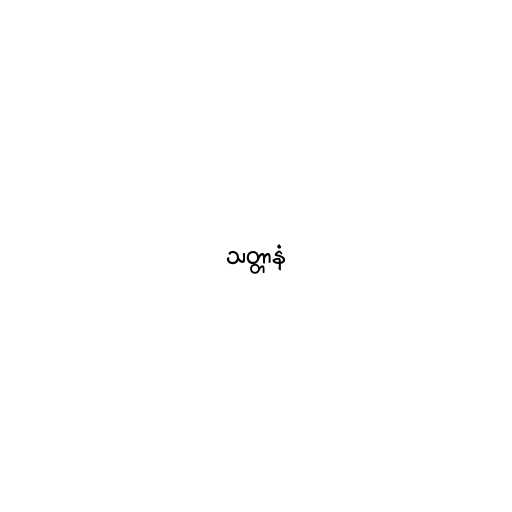
သတ္တာနံ